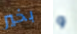
بخير و